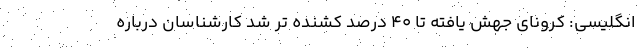
انگلیسی: کرونای جهش یافته تا 40 درصد کُشنده تر شد کارشناسان درباره